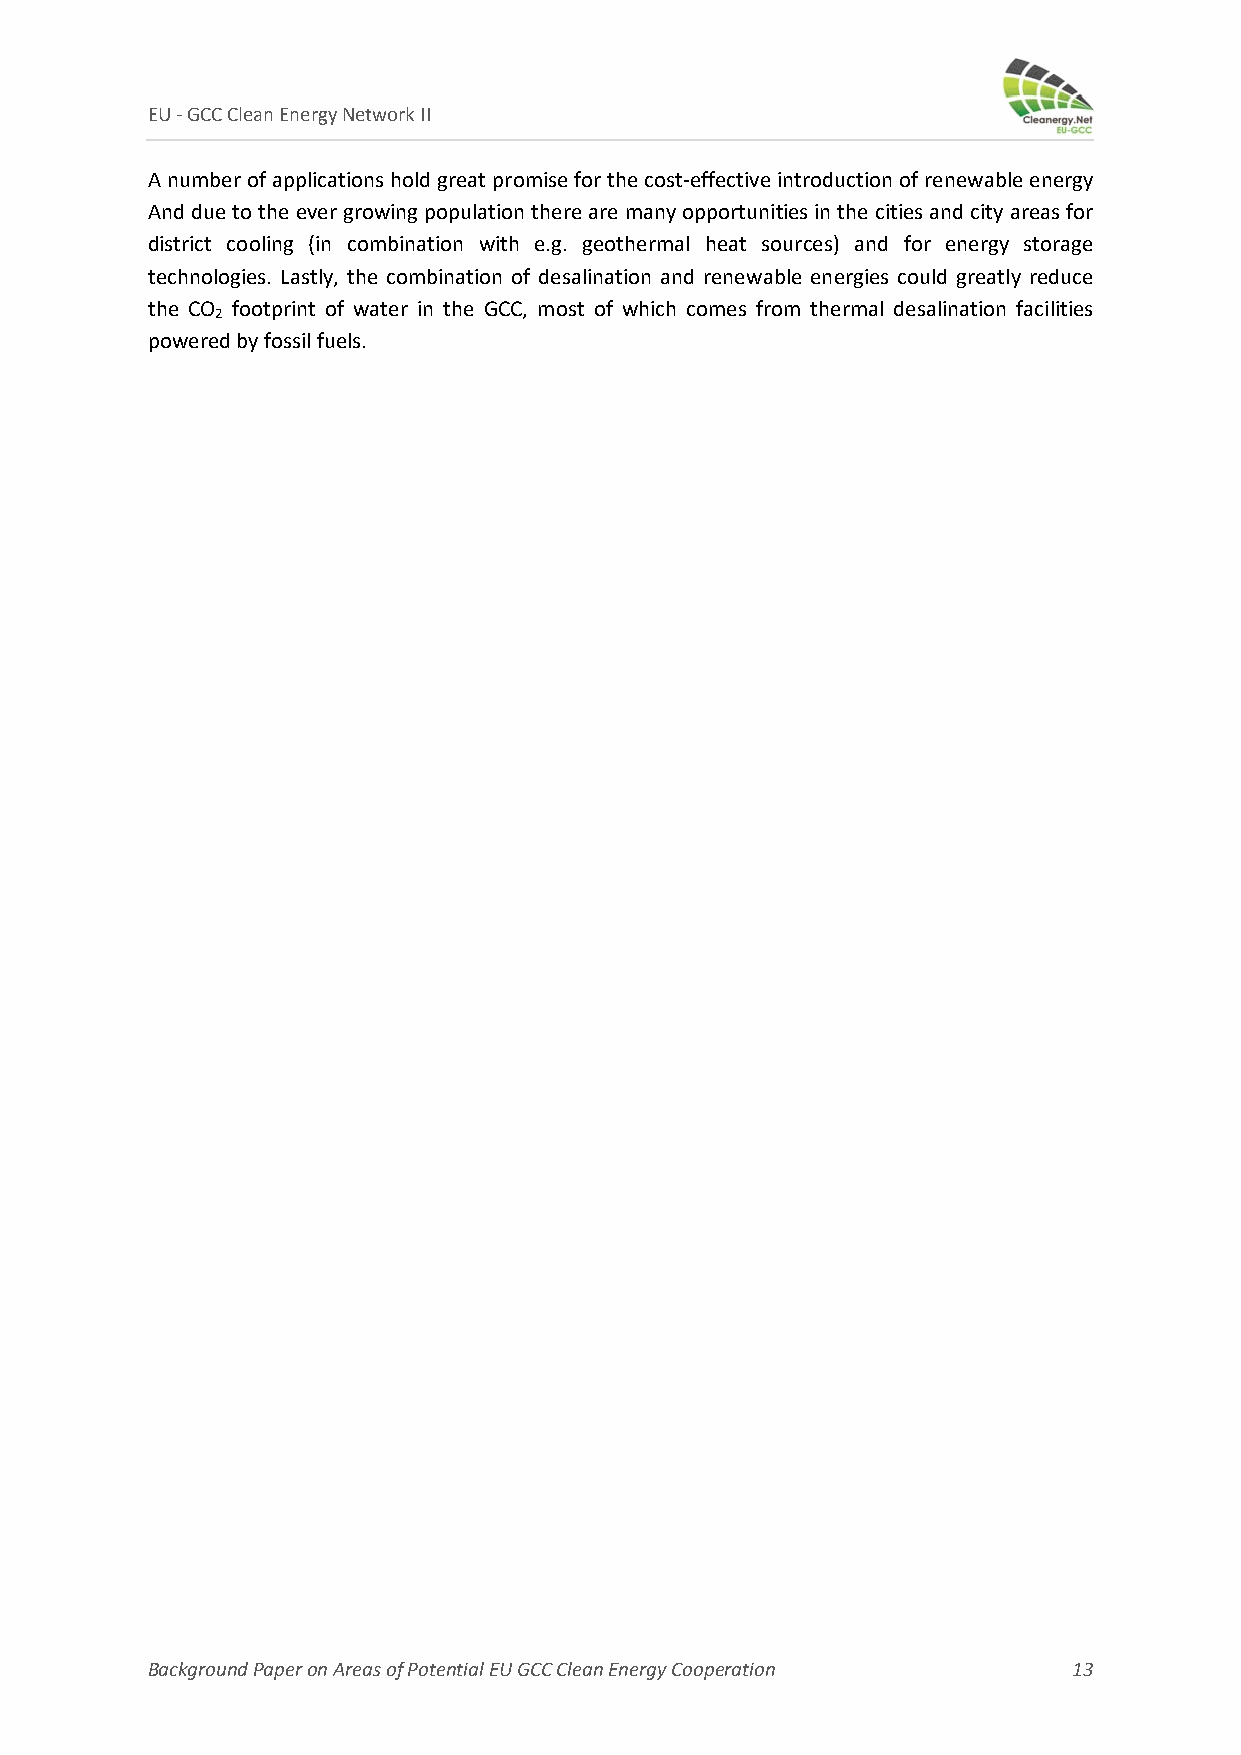
EU ‐ GCC Clean Energy Network II
 A number of applications hold great promise for the cost‐effective introduction of renewable energy
 And due to the ever growing population there are many opportunities in the cities and city areas for
 district cooling (in combination with e.g. geothermal heat sources) and for energy storage
 technologies. Lastly, the combination of desalination and renewable energies could greatly reduce
 the CO footprint of water in the GCC, most of which comes from thermal desalination facilities
 2
 powered by fossil fuels.
 Background Paper on Areas of Potential EU GCC Clean Energy Cooperation 13